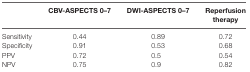
|  | CBV-ASPECTS 0–7 | DWI-ASPECTS 0–7 | Reperfusion therapy |
 | --- | --- | --- | --- |
 | Sensitivity | 0.44 | 0.89 | 0.72 |
 | Specificity | 0.91 | 0.53 | 0.68 |
 | PPV | 0.72 | 0.5 | 0.54 |
 | NPV | 0.75 | 0.9 | 0.82 |